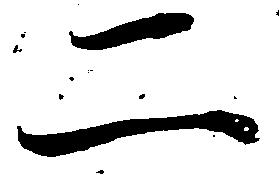
二